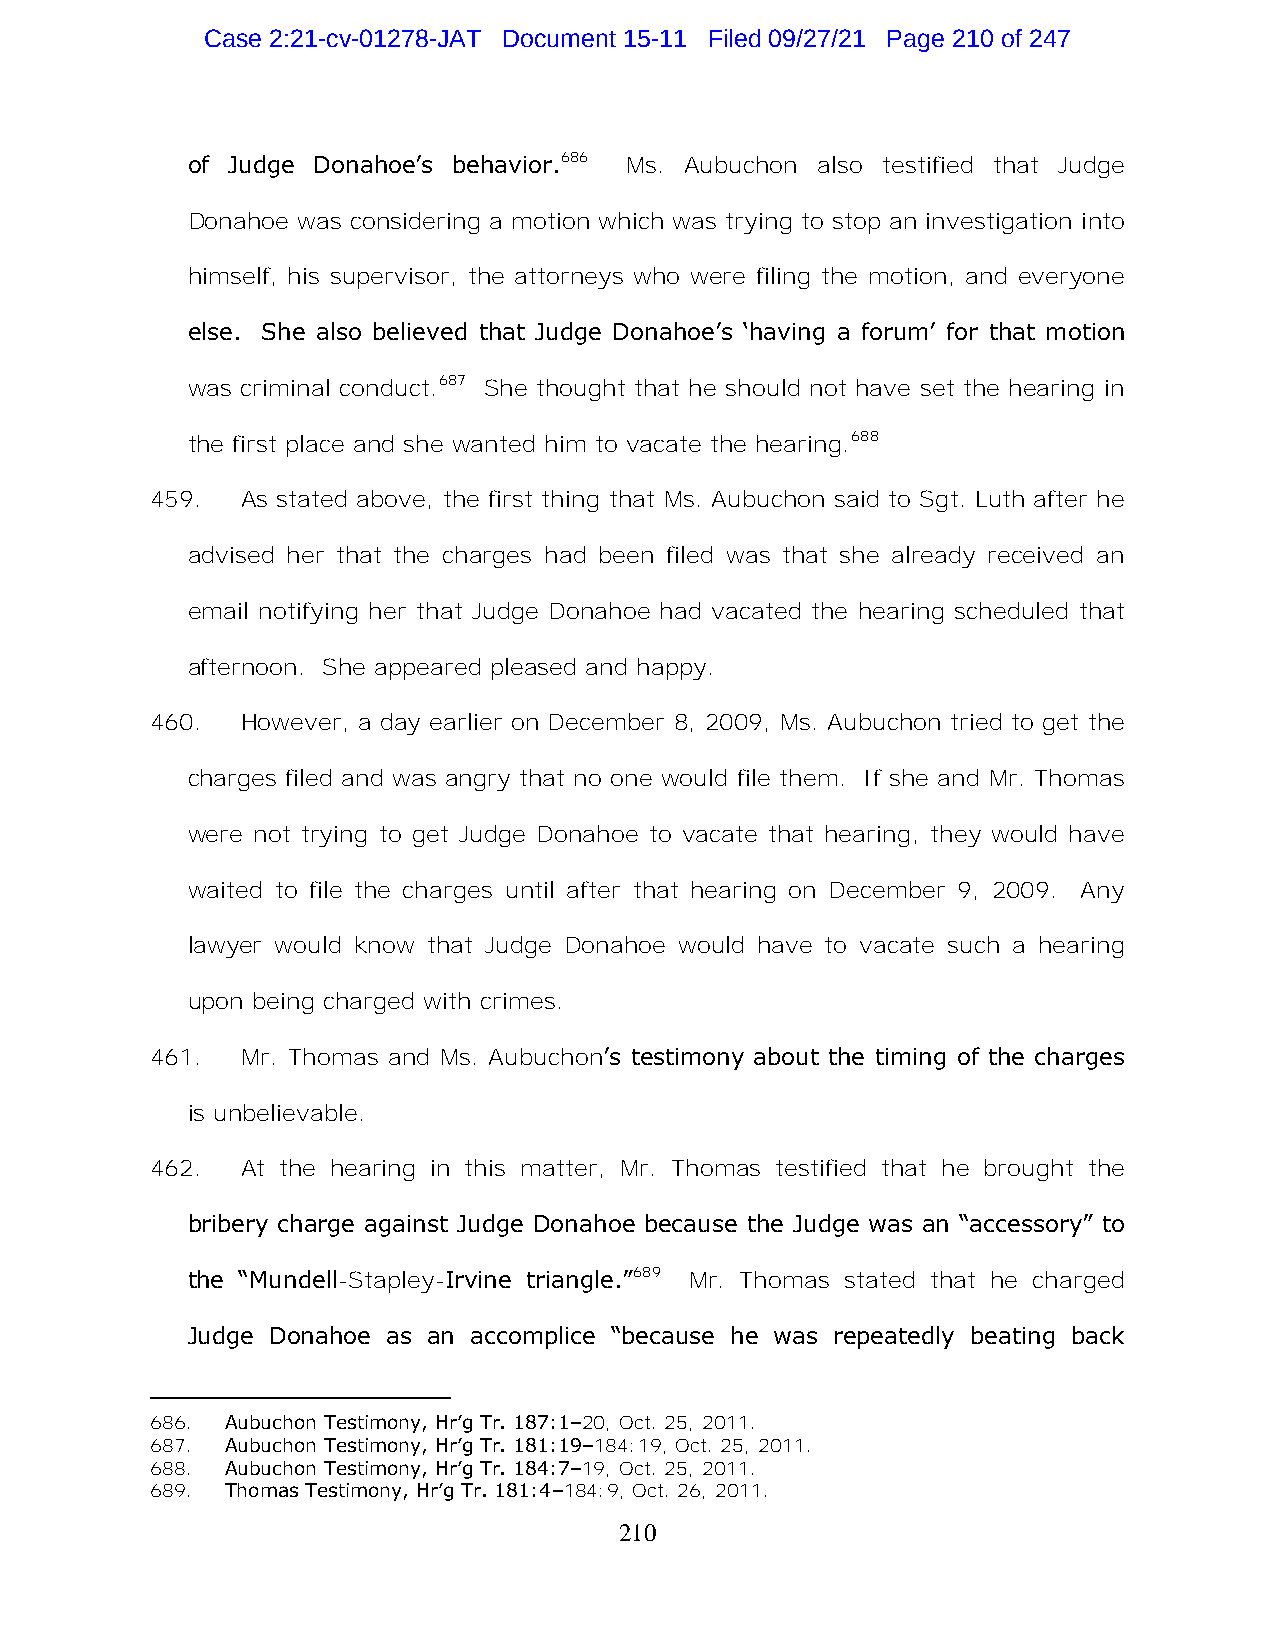
Case 2:21-cv-01278-JAT Document 15-11 Filed 09/27/21 Page 210 of 247
 of Judge Donahoe’s behavior.686 Ms. Aubuchon also testified that Judge
 Donahoe was considering a motion which was trying to stop an investigation into
 himself, his supervisor, the attorneys who were filing the motion, and everyone
 else. She also believed that Judge Donahoe’s ‘having a forum’ for that motion
 was criminal conduct.687 She thought that he should not have set the hearing in
 the first place and she wanted him to vacate the hearing.688
 459.  As stated above, the first thing that Ms. Aubuchon said to Sgt. Luth after he
 advised her that the charges had been filed was that she already received an
 email notifying her that Judge Donahoe had vacated the hearing scheduled that
 afternoon. She appeared pleased and happy.
 460.  However, a day earlier on December 8, 2009, Ms. Aubuchon tried to get the
 charges filed and was angry that no one would file them. If she and Mr. Thomas
 were not trying to get Judge Donahoe to vacate that hearing, they would have
 waited to file the charges until after that hearing on December 9, 2009. Any
 lawyer would know that Judge Donahoe would have to vacate such a hearing
 upon being charged with crimes.
 461.  Mr. Thomas and Ms. Aubuchon’s testimony about the timing of the charges
 is unbelievable.
 462.  At the hearing in this matter, Mr. Thomas testified that he brought the
 bribery charge against Judge Donahoe because the Judge was an “accessory” to
 the “Mundell-Stapley-Irvine triangle.”689 Mr. Thomas stated that he charged
 Judge Donahoe as an accomplice “because he was repeatedly beating back
 686. Aubuchon Testimony, Hr’g Tr. 187:1–20, Oct. 25, 2011.
 687. Aubuchon Testimony, Hr’g Tr. 181:19–184:19, Oct. 25, 2011.
 688. Aubuchon Testimony, Hr’g Tr. 184:7–19, Oct. 25, 2011.
 689. Thomas Testimony, Hr’g Tr. 181:4–184:9, Oct. 26, 2011.
 210